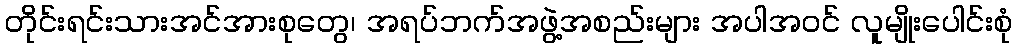
တိုင်းရင်းသားအင်အားစုတွေ၊ အရပ်ဘက်အဖွဲ့အစည်းများ အပါအဝင် လူမျိုးပေါင်းစုံ